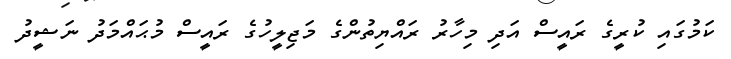
ކަމުގައި ކުރީގެ ރައީސް އަދި މިހާރު ރައްޔިތުންގެ މަޖިލީހުގެ ރައީސް މުޙައްމަދު ނަޝީދު